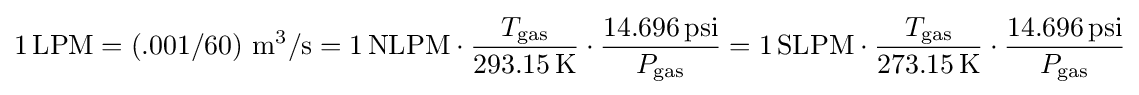
1\,\mathrm {LPM} =(.001/60)~\mathrm {m^{3}} /\mathrm {s} =1\,\mathrm {NLPM} \cdot {\frac {T_{\text{gas}}}{293.15\,\mathrm {K} }}\cdot {\frac {14.696\,{\text{psi}}}{P_{\text{gas}}}}=1\,\mathrm {SLPM} \cdot {\frac {T_{\text{gas}}}{273.15\,\mathrm {K} }}\cdot {\frac {14.696\,{\text{psi}}}{P_{\text{gas}}}}